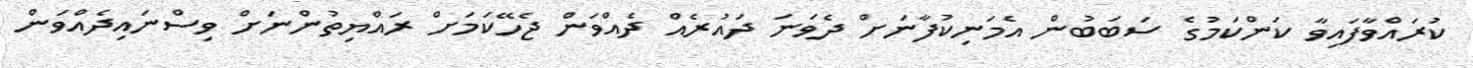
ކުރައްވާފައިވާ ކަންކަމުގެ ސަބަބުން އެމަނިކުފާނަށް ދެވަނަ ދައުރެއް ދެއްވަން ޖެހޭކަމަށް ރައްޔިތުންނަށް ވިސްނައިދެއްވަން